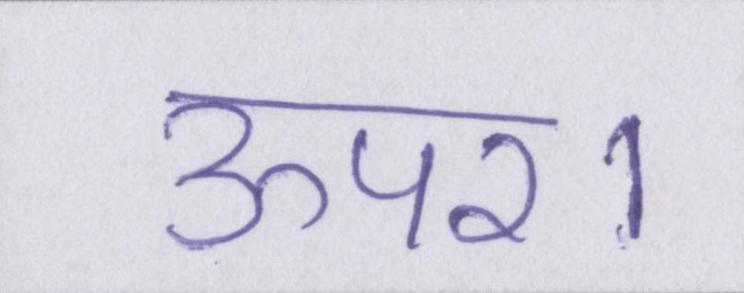
ऊपर।